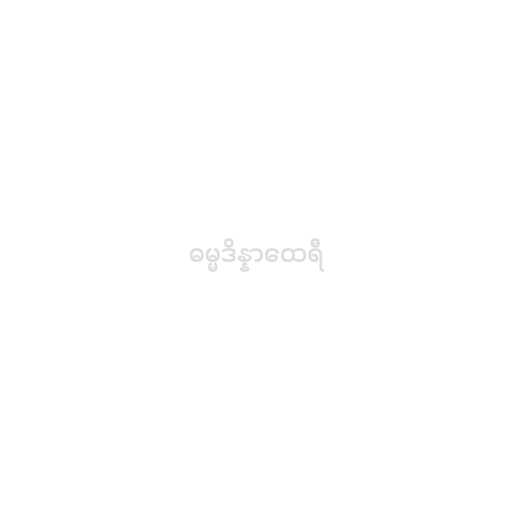
ဓမ္မဒိန္နာထေရီ